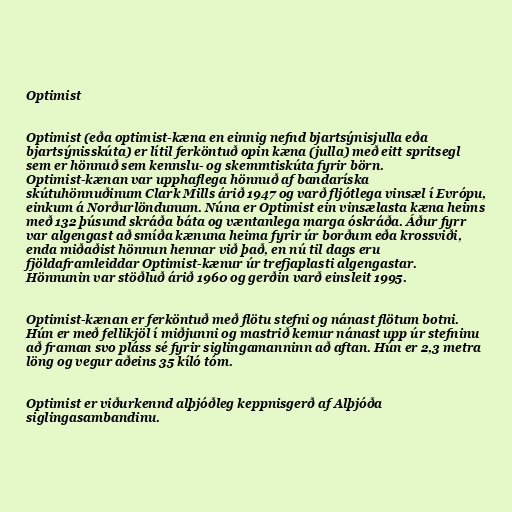
Optimist

Optimist (eða optimist-kæna en einnig nefnd bjartsýnisjulla eða
bjartsýnisskúta) er lítil ferköntuð opin kæna (julla) með eitt spritsegl
sem er hönnuð sem kennslu- og skemmtiskúta fyrir börn.
Optimist-kænan var upphaflega hönnuð af bandaríska
skútuhönnuðinum Clark Mills árið 1947 og varð fljótlega vinsæl í Evrópu,
einkum á Norðurlöndunum. Núna er Optimist ein vinsælasta kæna heims
með 132 þúsund skráða báta og væntanlega marga óskráða. Áður fyrr
var algengast að smíða kænuna heima fyrir úr borðum eða krossviði,
enda miðaðist hönnun hennar við það, en nú til dags eru
fjöldaframleiddar Optimist-kænur úr trefjaplasti algengastar.
Hönnunin var stöðluð árið 1960 og gerðin varð einsleit 1995.

Optimist-kænan er ferköntuð með flötu stefni og nánast flötum botni.
Hún er með fellikjöl í miðjunni og mastrið kemur nánast upp úr stefninu
að framan svo pláss sé fyrir siglingamanninn að aftan. Hún er 2,3 metra
löng og vegur aðeins 35 kíló tóm.

Optimist er viðurkennd alþjóðleg keppnisgerð af Alþjóða
siglingasambandinu.